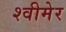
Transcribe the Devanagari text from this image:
श्वीमेर